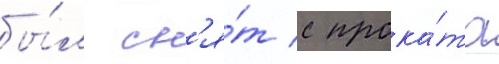
бы́л сн'я́т с прока́та